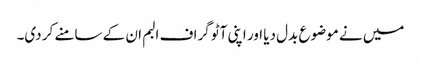
میں نے موضوع بدل دیا اور اپنی آٹو گراف البم ان کے سامنے کر دی۔